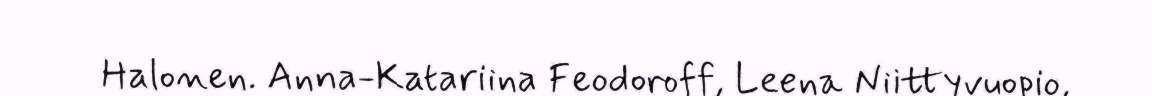
Halonen. Anna-Katariina Feodoroff, Leena Niittyvuopio,